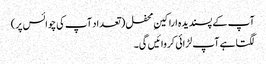
آپ کے پسندیدہ اراکینِ محفل ( تعداد آپ کی چوائس پر)
لگتا ہے آپ لڑائی کروائیں گی۔